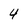
Character: 4